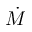
\dot { M }